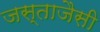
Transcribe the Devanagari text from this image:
जस्ताजैसी